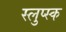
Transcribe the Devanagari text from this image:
स्लुप्स्क